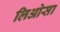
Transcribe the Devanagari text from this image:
लिओसा